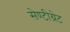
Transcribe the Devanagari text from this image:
सेण्टीग्रेट